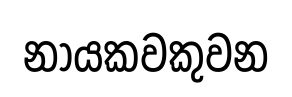
නායකවකුවන